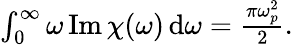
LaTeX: \begin{array}{r}{\int_{0}^{\infty}\omega\operatorname{Im}\chi(\omega)\, \mathrm{d}\omega=\frac{\pi\omega_{p}^{2}}{2}.}\end{array}